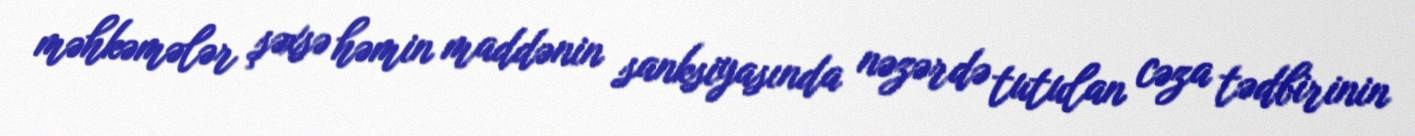
məhkəmələr şəxsə həmin maddənin sanksiyasında nəzərdə tutulan cəza tədbirinin